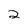
Character: 2